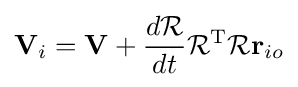
\mathbf {V} _{i}=\mathbf {V} +{\frac {d{\mathcal {R}}}{dt}}{\mathcal {R}}^{\text{T}}{\mathcal {R}}\mathbf {r} _{io}